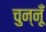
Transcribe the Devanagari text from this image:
चुन्नूँ